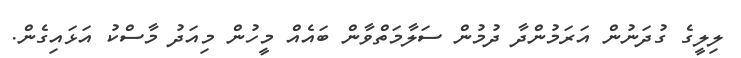
ލިލީގެ ގުދަނުން އަރަމުންދާ ދުމުން ސަލާމަތްވާން ބައެއް މީހުން މިއަދު މާސްކު އަޅައިގެން.